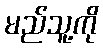
မည်သူ့ကို